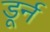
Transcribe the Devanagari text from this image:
डूर्न